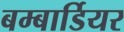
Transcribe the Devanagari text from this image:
बम्बार्डियर